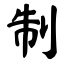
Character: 制